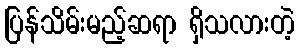
ပြန်သိမ်းမည့်ဆရာ ရှိသလားတဲ့